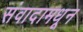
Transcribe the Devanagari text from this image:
संवादामधून